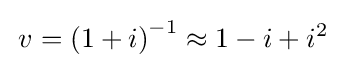
\,v={(1+i)}^{-1}\approx 1-i+i^{2}